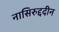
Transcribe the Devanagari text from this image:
नासिरुद्ददीन